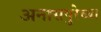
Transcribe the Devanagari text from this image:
अनासपुरेच्या